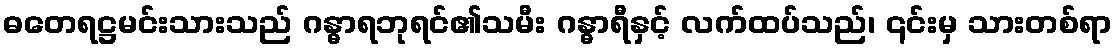
ဓတေရဋ္ဌမင်းသားသည် ဂန္ဓာရဘုရင်၏သမီး ဂန္ဓာရီနှင့် လက်ထပ်သည်၊ ၎င်းမှ သားတစ်ရာ